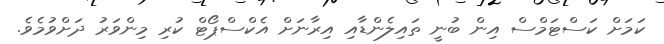
ކަމަށް ކަސްޓަމްސް އިން ބުނީ ތައިލެންޑާއި އިރާނަށް އެކްސްޕޯޓް ކުރި މިންވަރު ދަށްވުމެވެ.